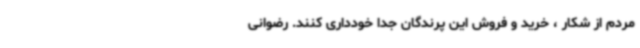
مردم از شکار ، خرید و فروش این پرندگان جداً خودداری کنند. رضوانی